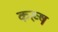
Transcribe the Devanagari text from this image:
कख्ष